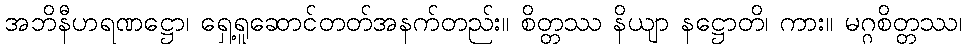
အဘိနီဟရဏဋ္ဌော၊ ရှေ့ရူဆောင်တတ်အနက်တည်း။ စိတ္တဿ နိယျာ နဋ္ဌောတိ၊ ကား။ မဂ္ဂစိတ္တဿ၊